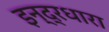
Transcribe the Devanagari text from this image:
इन्द्रधारा